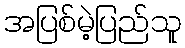
အပြစ်မဲ့ပြည်သူ